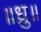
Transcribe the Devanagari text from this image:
॥ध्रु॥